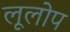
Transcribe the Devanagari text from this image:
लूलोप